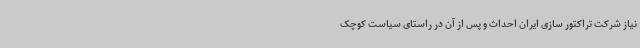
نیاز شرکت تراکتور سازی ایران احداث و پس از آن در راستای سیاست کوچک